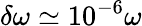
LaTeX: \delta\omega\simeq 10^{-6}\omega